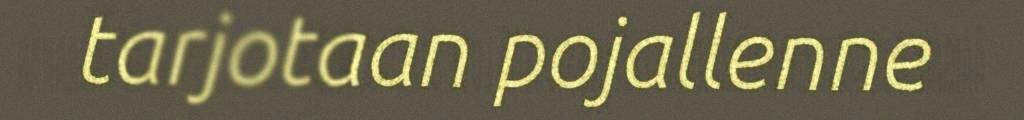
tarjotaan pojallenne